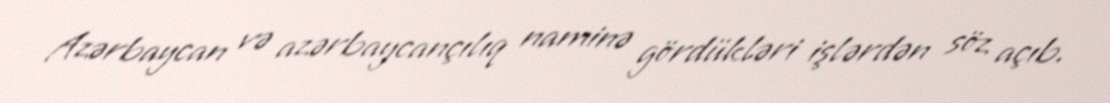
Azərbaycan və azərbaycançılıq naminə gördükləri işlərdən söz açıb.